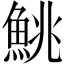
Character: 鮡